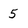
Character: 5